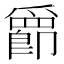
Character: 𫨀